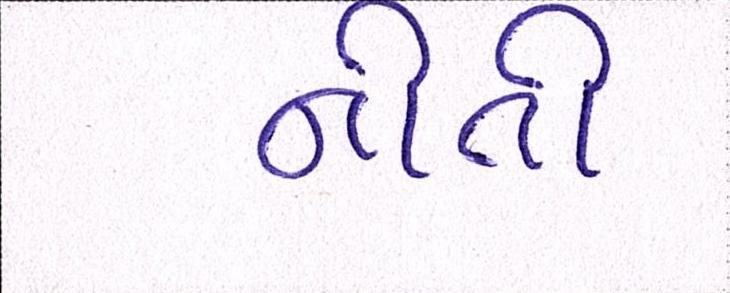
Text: નીતી